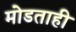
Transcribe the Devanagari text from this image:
मोडताही